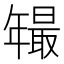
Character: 𱝂